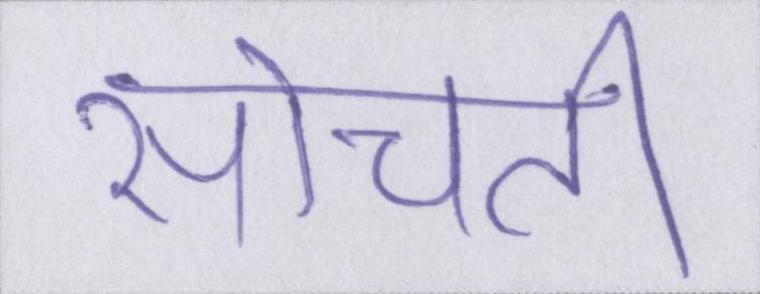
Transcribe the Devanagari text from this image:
सोचती